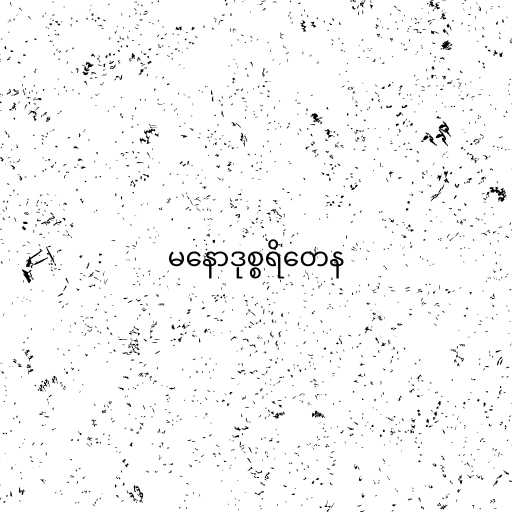
မနောဒုစ္စရိတေန